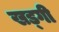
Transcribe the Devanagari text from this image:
खड्गी